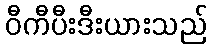
ဝီကီပီးဒီးယားသည်